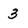
Character: 3